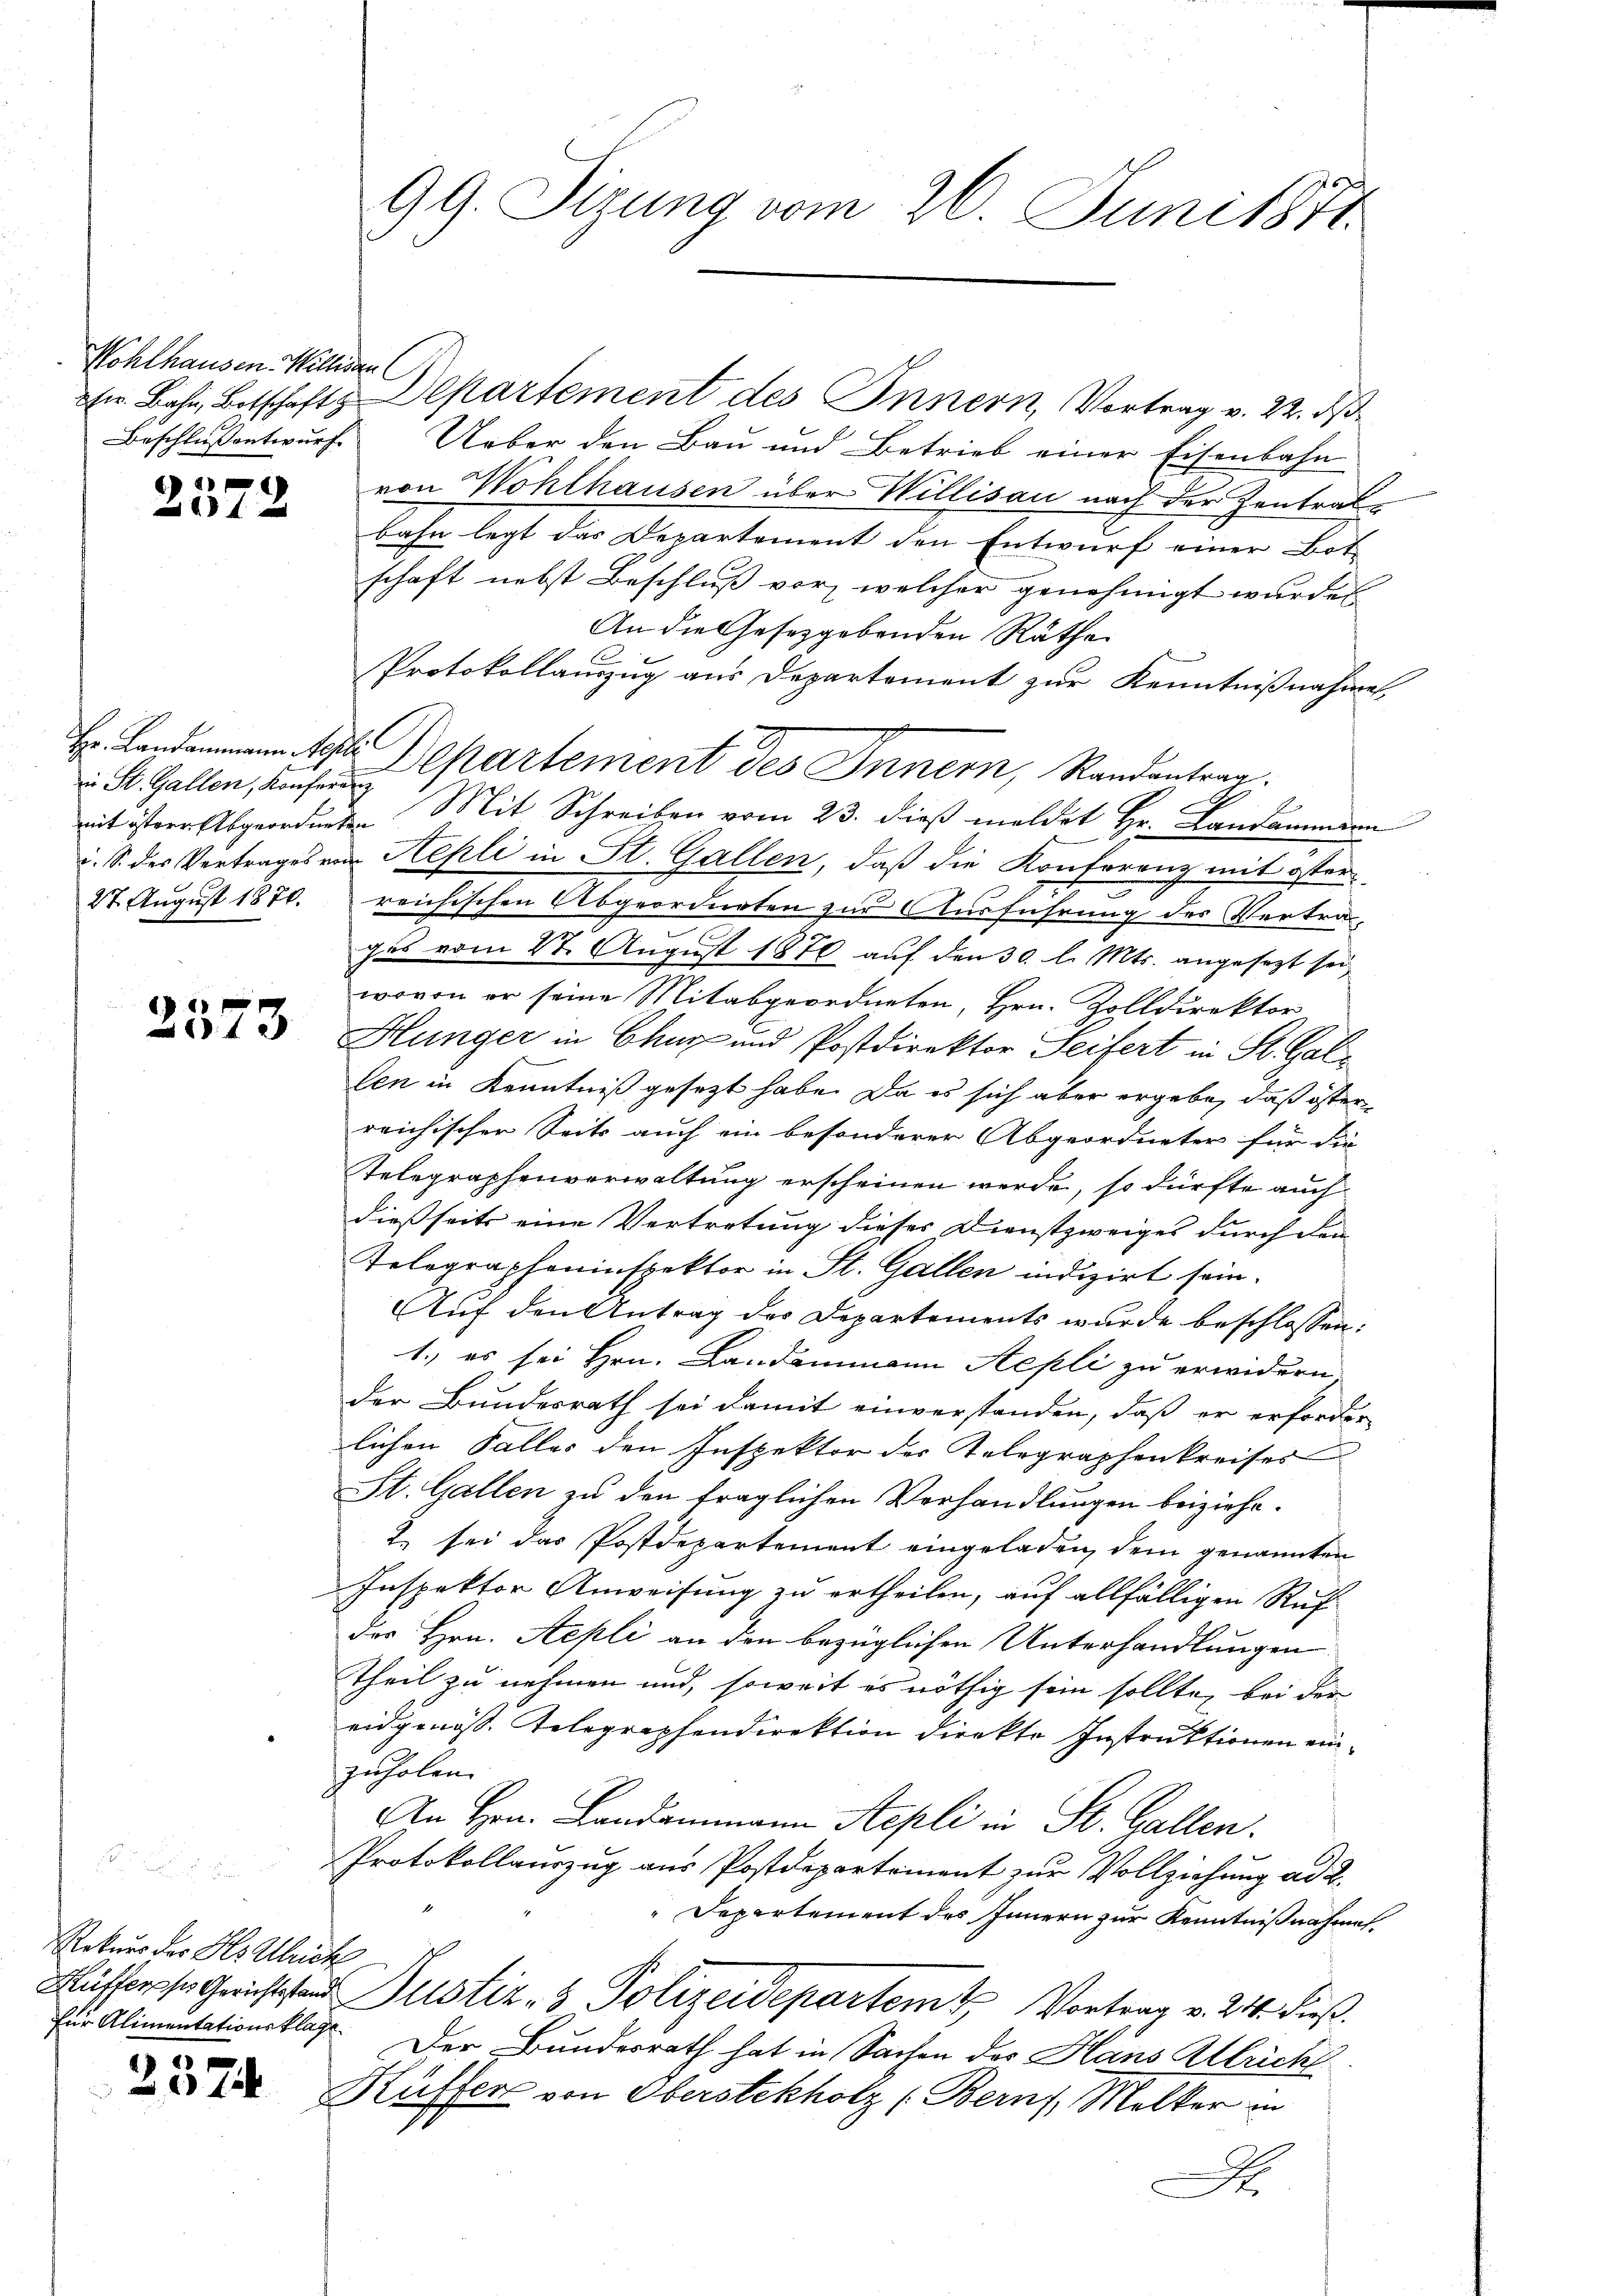
Wohlhausen. Willigen

2572

in St. Gallen, Konferenz

Rekurs der Hs. Ulrich
für Alimentationsklage.

2374

99. Sizung vom 26. Juni 1871.

rr. Bahn, Botschaft Departement des Innern, Vortrag v. 22. ds
Beschlußentwurf. Ueber den Bau und Betrieb einer Eisenbahn
von Wohlhausen über Willisau nach der Zentrate
bahn legt das Departement den Entwurf einer Bot
schaft nebst Beschluß vor, welcher genehmigt wurden
An die Gesetzgebenden Räthe
Protokollauszug aus Departement zur Kenntnißnahmen
 Departement des Innern, Randantrag.
mit istern Abgeordneten Mit Schreiben vom 23. dieß meldet Hr. Landammann
u. S. des Vertrages von Hepli in St. Gallen, daß die Konferenz mit öster
27. August 1870. reichischen Abgeordneten zur Ausführung des Vertrages vom 27. August 1870 auf den 30. l. Mts. angesezt sei,
wovon er seine Mitabgeordneten, Hrn. Zolldirektor
 Hunger in Chur und Postdirektor Seifert in St. Galiz
len in Kenntniß gesetzt habe. Da es sich aber ergebe, daß öster
reichischer Seits auch ein besonderer Abgeordneter für die
Telegraphenverwaltung erscheinen werde, so dürfte auch
dießseits eine Vertretung dieses Dienstzweiges durch den
Telographeninspektor in St. Gallen indizirt sein.
Auf den Antrag des Departements wurde beschlossen:
1.) es sei Hrn. Landammann Aepli zu erwidern
der Bundesrath sei damit einverstanden, daß er erforder
lichen Falles den Inspektor der Telegraphenkreises
St. Gallen zu den fraglichen Verhandlungen beiziehe.
2. sei das Postdepartement eingeladen, dem genannten
Inspektor Anweisung zu ertheilen, auf allfälligen Ruf
des Hrn. Aepli an den bezüglichen Unterhandlungen
Theil zu nehmen und, soweit es nöthig sein sollte, bei der
eidgenöss. Telegraphendirektion direkte Instruktionen einzuholen.
An Hrn. Landammann Aepli in St. Gallen.
Protokollauszug aus Postdepartement zur Vollziehung ad 2.
Departement des Innern zur Kenntnißnahme,
Kuffers Gerichten Justiz- & Polizeidepartem Vortrag v. 214. dieß.
Der Bundesrath hat in Sachen des Hans Allrich
Küffer von Oberstekholz (Berns, Melker in
x